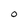
Character: 0